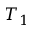
T _ { 1 }